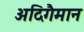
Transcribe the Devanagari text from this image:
अदिगैमान